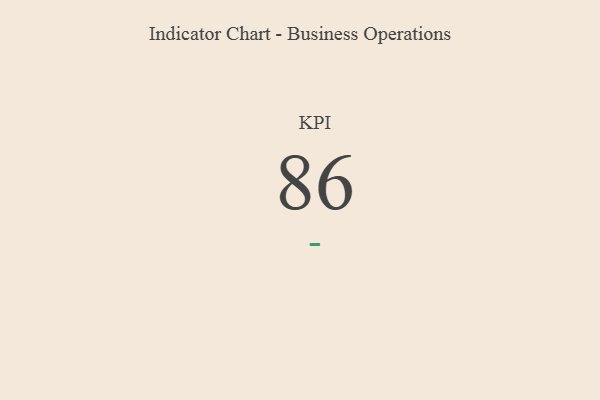
{"axis": {"x": "KPI", "y": "Value"}, "legend": [""], "data": [{"x": "KPI", "y": 86, "type": ""}]}